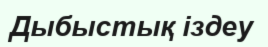
Дыбыстық іздеу